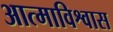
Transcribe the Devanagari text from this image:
आत्माविश्वास